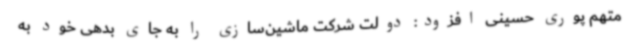
متهم پوری حسینی افزود: دولت شرکت ماشین‌سازی را به جای بدهی خود به